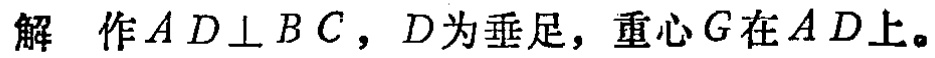
解 作\(AD\perp BC\)，\(D\)为垂足，重心\(G\)在\(AD\)上。